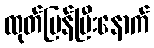
ထုတ်ပြန်ပြီးနောက်